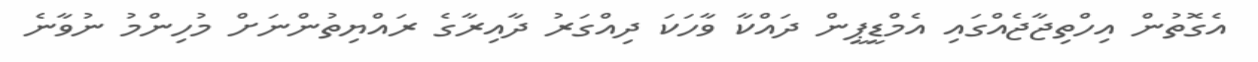
އެގޮތުން އިހްތިޖާޖެއްގައި އެމްޑީޕީން ދައްކާ ވާހަކަ ދިއްގަރު ދާއިރާގެ ރައްޔިތުންނަށް މުހިންމު ނުވާނެ